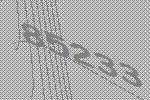
85233